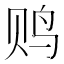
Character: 𱉐